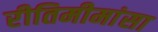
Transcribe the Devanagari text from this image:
रीतिमीमांसा